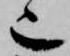
也